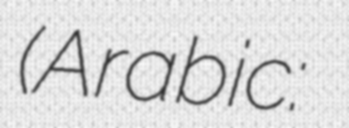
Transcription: (Arabic: قناة